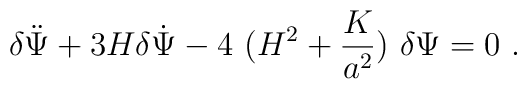
\delta \ddot{\Psi} + 3 H \delta \dot{\Psi} -4~(H^2+\frac{K}{a^2})~\delta \Psi=0   \ .